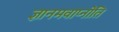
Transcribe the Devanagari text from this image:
ज्ञानमवाप्नोति